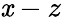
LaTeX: \mathit{x}-z